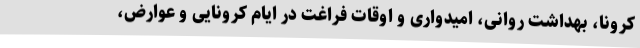
کرونا، بهداشت روانی، امیدواری و اوقات فراغت در ایام کرونایی و عوارض،